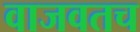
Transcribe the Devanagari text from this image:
वाजवतच